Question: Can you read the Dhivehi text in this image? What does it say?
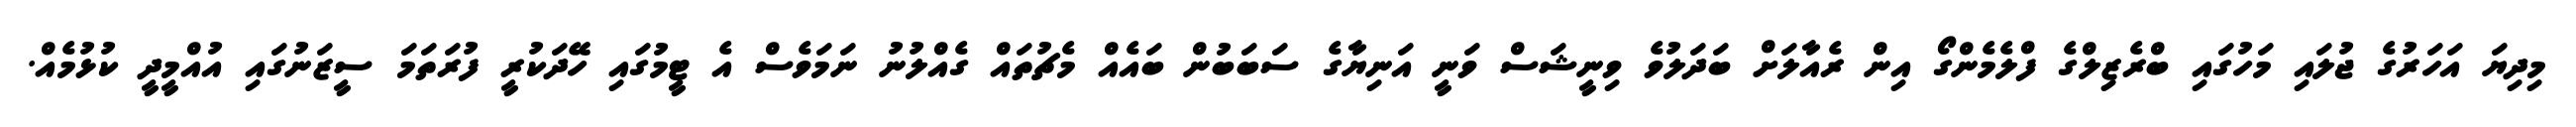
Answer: މިދިޔަ އަހަރުގެ ޖުލައި މަހުގައި ބްރެޒިލްގެ ފްލެމެންގޯ އިން ރެއާލަށް ބަދަލުވެ ވިނީޝަސް ވަނީ އަނިޔާގެ ސަބަބުން ބައެއް މެޗުތައް ގެއްލުނު ނަމަވެސް އެ ޓީމުގައި ހޭދަކުރީ ފުރަތަމަ ސީޒަނުގައި އުއްމީދީ ކުޅުމެއް.